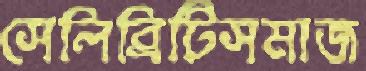
সেলিব্রিটিসমাজ